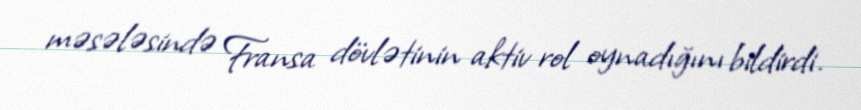
məsələsində Fransa dövlətinin aktiv rol oynadığını bildirdi.